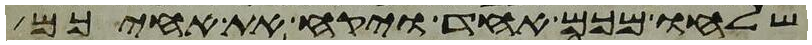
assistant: שלחו מכם אחד ויקח את אחיכם